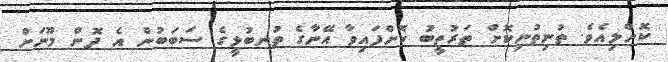
ކޮށްލިއެވެ. ތުނިތުނިކޮށް ތަރުތީބު ކޮށްފައިވާ އޭނާގެ ތުނބުޅީގެ ސަބަބުން އެ ދޮން މޫނަށް